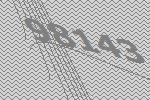
98143